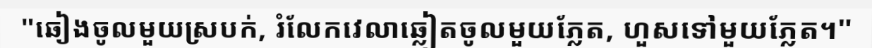
"ឆៀងចូលមួយស្របក់, រំលែកវេលាឆ្លៀតចូលមួយភ្លែត, ហួសទៅមួយភ្លែត។"